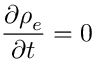
{ \frac { \partial \rho _ { e } } { \partial t } } = 0